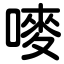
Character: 嘜